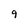
Character: 9